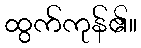
ထွက်ကုန်၏။